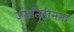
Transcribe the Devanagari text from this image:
ज्योतिहीनता